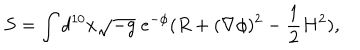
LaTeX: S = \int d ^ { 1 0 } x \sqrt { - g } \; e ^ { - \phi } ( R + ( \nabla \phi ) ^ { 2 } - \frac { 1 } { 2 } H ^ { 2 } ) ,